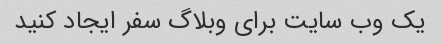
یک وب سایت برای وبلاگ سفر ایجاد کنید